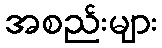
အစည်းများ